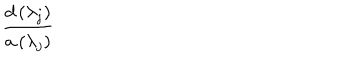
\frac { d \left( \lambda _ { j } \right) } { a \left( \lambda _ { j } \right) }